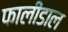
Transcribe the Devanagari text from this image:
फालीडाल